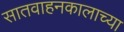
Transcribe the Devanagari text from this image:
सातवाहनकालाच्या